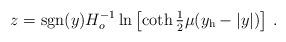
LaTeX: \begin{align*}z = {\rm sgn}(y) H_o^{-1}\ln\left[\coth{\textstyle{1\over2}}\mu(y_{\rm h}-|y|) \right]\,.\end{align*}